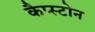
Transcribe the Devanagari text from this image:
कैप्स्टोन